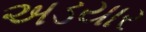
અડયાર